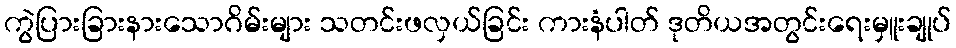
ကွဲပြားခြားနားသောဂိမ်းများ သတင်းဖလှယ်ခြင်း ကားနံပါတ် ဒုတိယအတွင်းရေးမှူးချုပ်